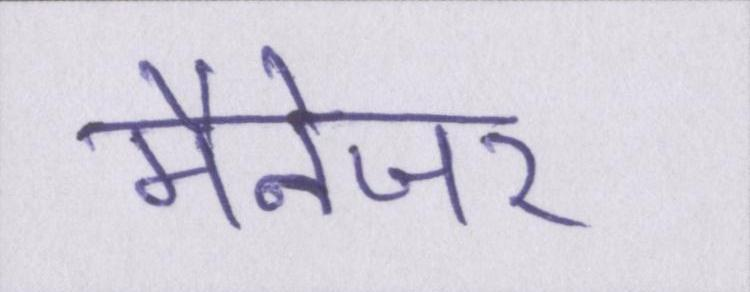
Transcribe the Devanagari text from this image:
मैनेजर